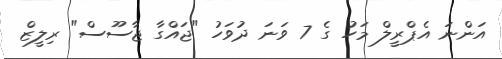
އަންނަ އެޕްރީލް މަހު ގެ 7 ވަނަ ދުވަހު "ޖައްގާ ޖާސޫސް" ރިލީޒް